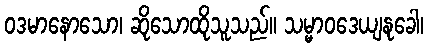
ဝဒမာနောသော၊ ဆိုသောထိုသူသည်။ သမ္မာဝဒေယျနုခေါ၊